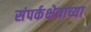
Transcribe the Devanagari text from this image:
संपर्कक्षेत्राच्या